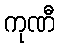
ကုဏီ